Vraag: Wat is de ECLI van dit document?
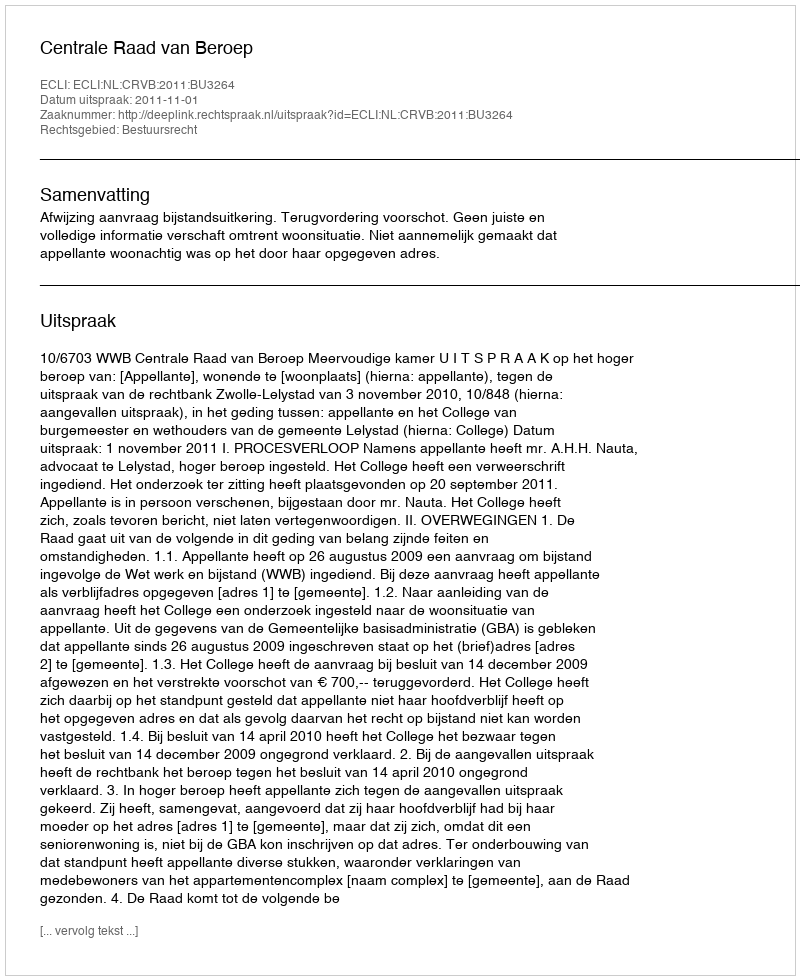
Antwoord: ECLI:NL:CRVB:2011:BU3264